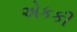
એકકી